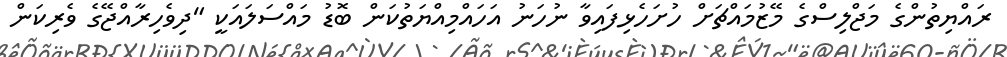
ރައްޔިތުންގެ މަޖްލިސްގެ މޭޒުމައްޗަށް ހުށަހެޅިފައިވާ ނުހަނު އަހައްމިއްޔަތުކަން ބޮޑު މައްސަލައަކީ "ދިވެހިރާއްޖޭގެ ވެރިކަން